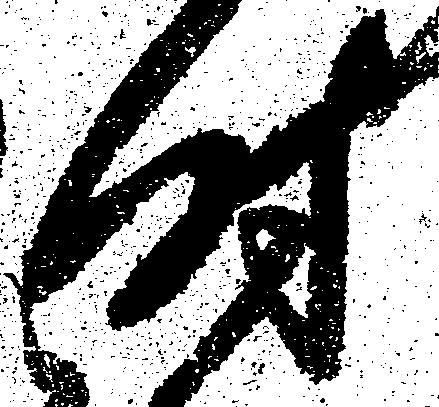
時